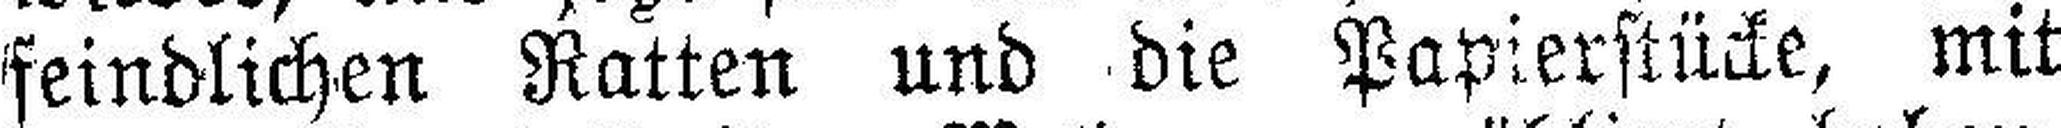
feindlichen Ratten und die Papierstücke, mit